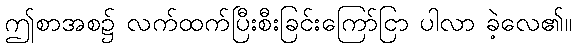
ဤစာအစ၌ လက်ထက်ပြီးစီးခြင်းကြော်ငြာ ပါလာ ခဲ့လေ၏။